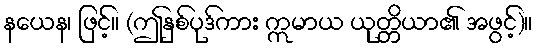
နယေန၊ ဖြင့်။ (ဤနှစ်ပုဒ်ကား ဣမာယ ယုတ္တိယာ၏ အဖွင့်)။